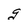
Character: g